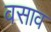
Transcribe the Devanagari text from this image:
वसाव